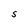
Character: S